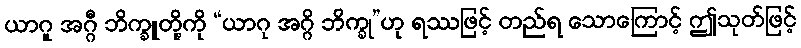
ယာဂူ အဂ္ဂီ ဘိက္ခူတို့ကို “ယာဂု အဂ္ဂိ ဘိက္ခု”ဟု ရဿဖြင့် တည်ရ သောကြောင့် ဤသုတ်ဖြင့်